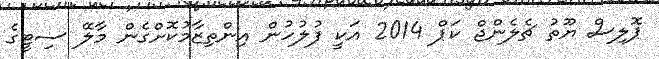
ޕޮލިސް ޔޫތު ޗެލެންޖް ކަޕް 2014 އަކީ ފުލުހުން އިންތިޒާމުކޮށްގެން މާލޭ ސިޓީގެ